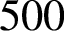
5 0 0